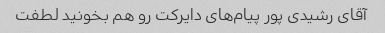
آقای رشیدی پور پیام‌های دایرکت رو هم بخونید لطفت